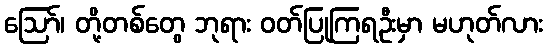
ဩော်၊ တို့တစ်တွေ ဘုရား ဝတ်ပြုကြရဦးမှာ မဟုတ်လား